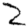
Digit: 2